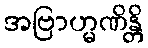
အဗြာဟ္မဏိန္တိ